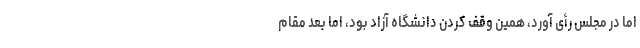
اما در مجلس رأی آورد، همین وقف کردن دانشگاه آزاد بود، اما بعد مقام